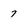
Character: 7